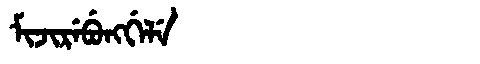
Manchu: ᠮᡳᠵᡳᡵᡝᠪᡠᠩᡤᡝᠯᡝ
Romanization: MIJIREBUNGGELE